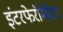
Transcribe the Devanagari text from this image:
इंटरफेरॉमीटर